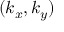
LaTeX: ~ ( k _ { x } , k _ { y } )